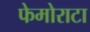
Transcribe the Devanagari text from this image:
फेमोराटा